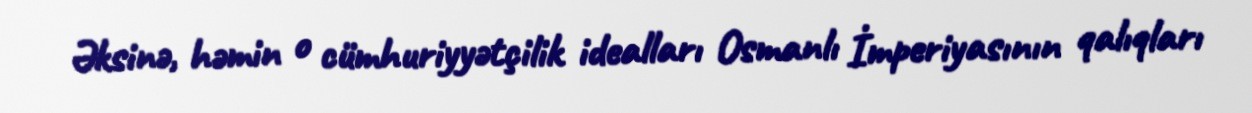
Əksinə, həmin o cümhuriyyətçilik idealları Osmanlı İmperiyasının qalıqları